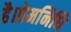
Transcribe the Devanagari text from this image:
है।प्रेमनिधि